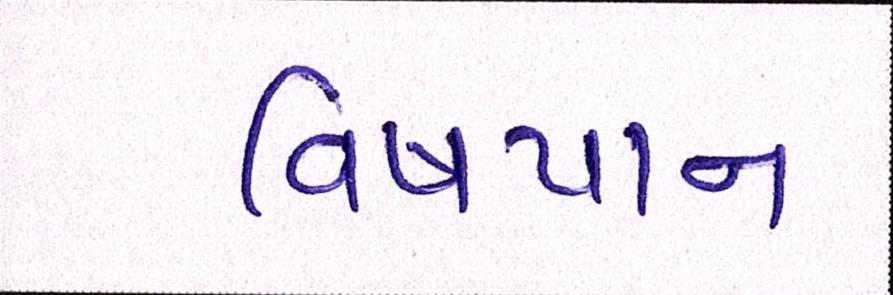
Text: વિષપાન